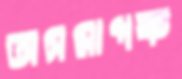
অসমাপক